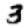
Digit: 3